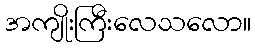
အကျိုးကြီးလေသလော။